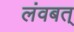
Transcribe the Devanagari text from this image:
लंवबत्‌